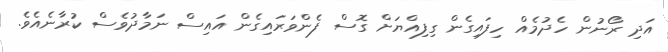
އަދި ރޯނުން ހެދުމެއް ހިފައިގެން ގިފިއްޔަށް ގޮސް ފެންވަރައިގެން އައިސް ނަމާދުވެސް ކުރާނެއެވެ.